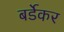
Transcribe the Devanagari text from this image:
बर्डेकर